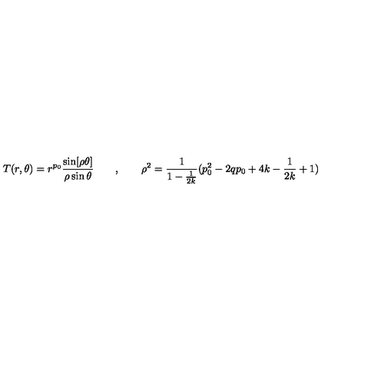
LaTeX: T ( r , \theta ) = r ^ { p _ { 0 } } \frac { \sin [ \rho \theta ] } { \rho \sin \theta } \qquad , \qquad \rho ^ { 2 } = \frac { 1 } { 1 - \frac { 1 } { 2 k } } ( p _ { 0 } ^ { 2 } - 2 q p _ { 0 } + 4 k - \frac { 1 } { 2 k } + 1 )